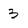
Character: 3